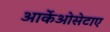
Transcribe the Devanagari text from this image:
आर्केओसेटाए